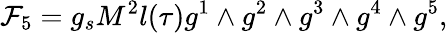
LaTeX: {\cal F}_{5}=g_{s}M^{2}l(\tau)g^{1}\wedge g^{2}\wedge g^{3}\wedge g^{4}\wedge g^{5},